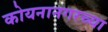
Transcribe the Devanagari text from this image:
कोयनानगरच्या